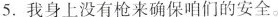
5.我身上没有枪来确保咱们的安全。